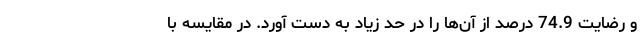
و رضایت 74.9 درصد از آن‌ها را در حد زیاد به دست آورد. در مقایسه با